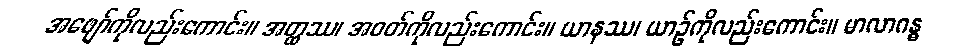
အဖျော်ကိုလည်းကောင်း။ အတ္ထဿ၊ အဝတ်ကိုလည်းကောင်း။ ယာနဿ၊ ယာဉ်ကိုလည်းကောင်း။ မာလာဂန္ဓ